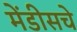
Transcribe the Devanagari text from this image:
मेंडीसचे